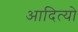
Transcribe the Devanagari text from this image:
आदित्यो